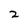
Character: 2